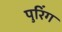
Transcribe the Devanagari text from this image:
पुरिंग